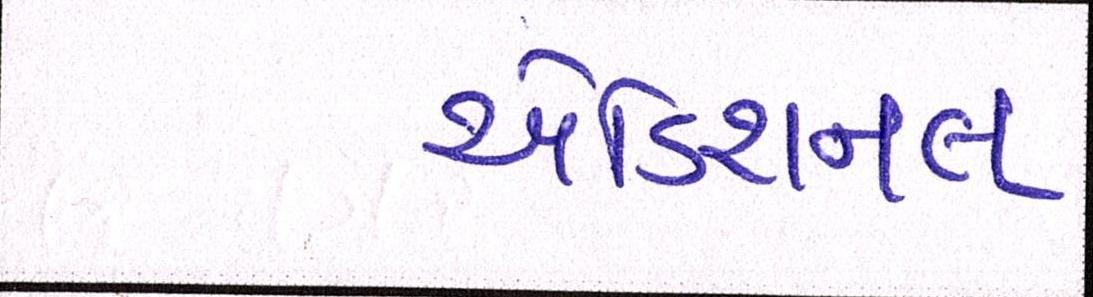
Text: એડિશનલ